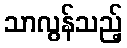
သာလွန်သည့်